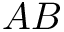
A B